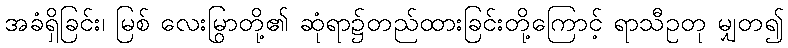
အခံရှိခြင်း၊ မြစ် လေးမြွာတို့၏ ဆုံရာ၌တည်ထားခြင်းတို့ကြောင့် ရာသီဥတု မျှတ၍